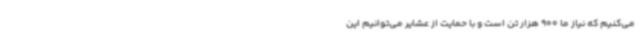
می‌کنیم که نیاز ما 900 هزار تن است و با حمایت از عشایر می‌توانیم این